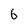
Character: 6